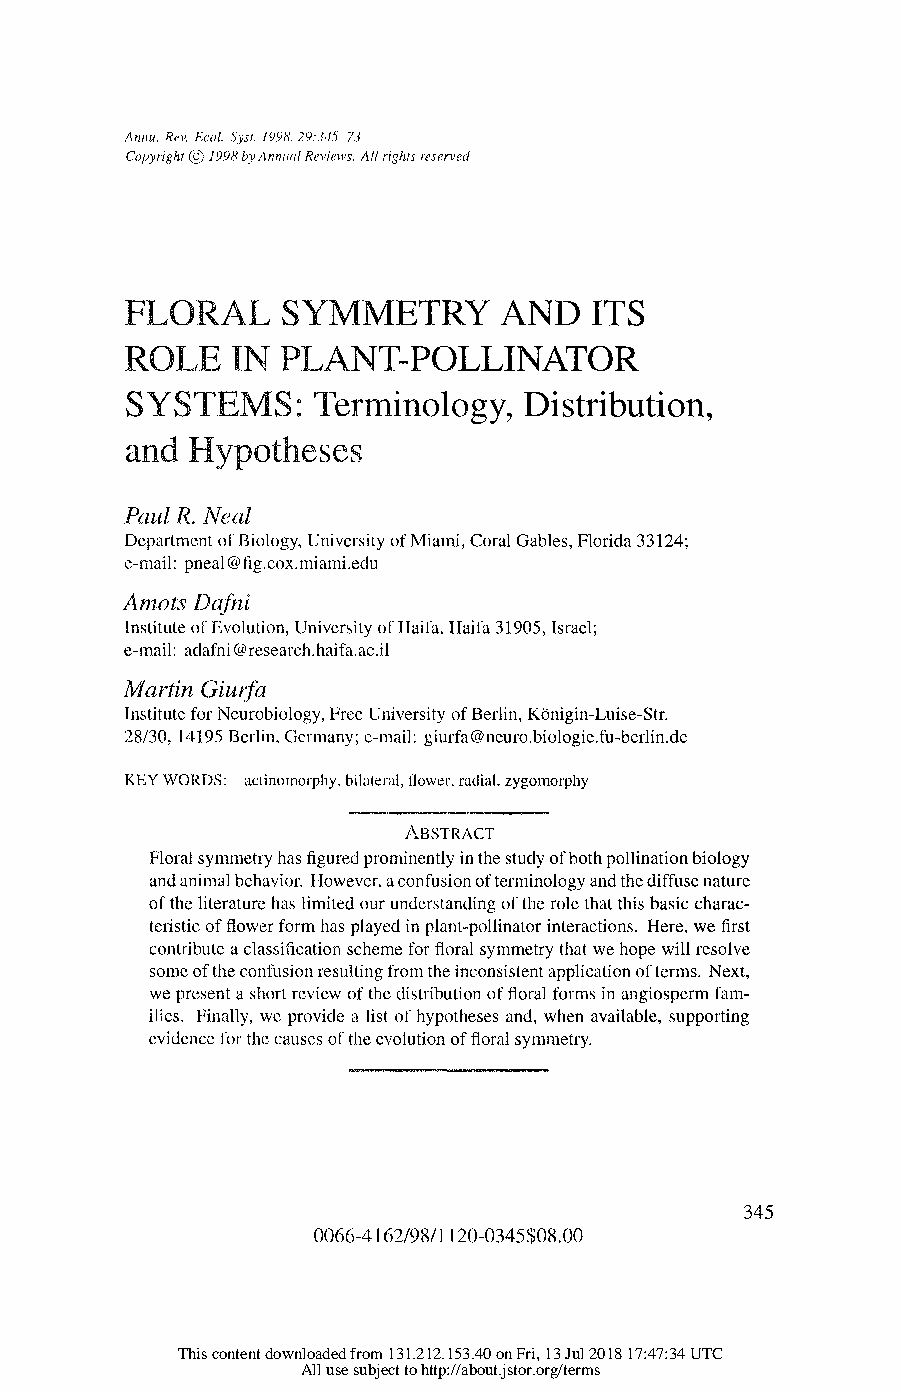
Anniu. Rev. Ecol. Syst. 1998. 29:345-73
 Copyiight ? 1998 by Anniual Reviews. All t-ights ieserved
 FLORAL    SYMMETRY      AND   ITS
 ROLE   IN PLANT-POLLINATOR
 SYSTE  5: Terminology,   Distribution,
 and Hypotheses
 Paul R. Neal
 Department of Biology, University of Miami, Coral Gables, Florida 33124;
 e-mail: pneal@fig.cox.miami.edu
 Amots Dafni
 Institute of Evolution, University of Haifa, Haifa 31905, Israel;
 e-mail: adafni @ research.haifa.ac.il
 Martin Giuifa
 Institute for Neurobiology, Free University of Berlin, Konigin-Luise-Str.
 28/30, 14195 Berlin, Germany; e-mail: giurfa@neuro.biologie.fu-berlin.de
 KEY WORDS: actinomoiphy, bilateral, flower, radial, zygomorphy
 ABSTRACT
 Floral symmetry has figured prominently in the study of both pollination biology
 and animal behavior. However, a confusion of terminology and the diffuse nature
 of the literature has limited our understanding of the role that this basic charac-
 teristic of flower form has played in plant-pollinator interactions. Here, we first
 contribute a classification scheme for floral symmetry that we hope will resolve
 some of the confusion resulting from the inconsistent application of terms. Next,
 we present a short review of the distribution of floral forms in angiosperm fam-
 ilies. Finally, we provide a list of hypotheses and, when available, supporting
 evidence for the causes of the evolution of floral symmetry.
 345
 0066-4162/98/11 20-0345$08.00
 This content downloaded from 131.212.153.40 on Fri, 13 Jul 2018 17:47:34 UTC
 All use subject to http://about.jstor.org/terms